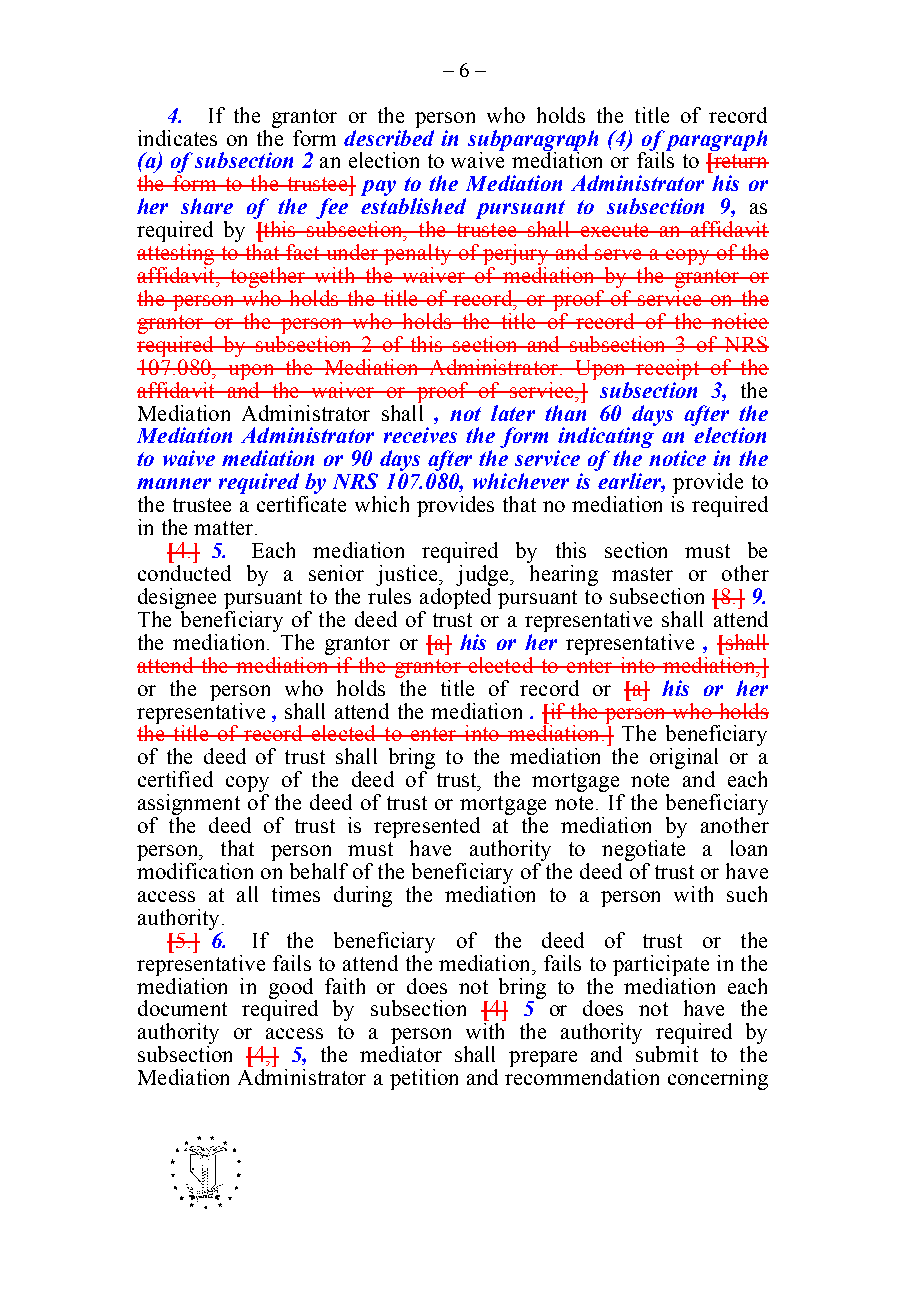
– 6 –
 4. If the grantor or the person who holds the title of record
 indicates on the form described in subparagraph (4) of paragraph
 (a) of subsection 2 an election to waive mediation or fails to [return
 the form to the trustee] pay to the Mediation Administrator his or
 her share of the fee established pursuant to subsection 9, as
 required by [this subsection, the trustee shall execute an affidavit
 attesting to that fact under penalty of perjury and serve a copy of the
 affidavit, together with the waiver of mediation by the grantor or
 the person who holds the title of record, or proof of service on the
 grantor or the person who holds the title of record of the notice
 required by subsection 2 of this section and subsection 3 of NRS
 107.080, upon the Mediation Administrator. Upon receipt of the
 affidavit and the waiver or proof of service,] subsection 3, the
 Mediation Administrator shall , not later than 60 days after the
 Mediation Administrator receives the form indicating an election
 to waive mediation or 90 days after the service of the notice in the
 manner required by NRS 107.080, whichever is earlier, provide to
 the trustee a certificate which provides that no mediation is required
 in the matter.
 [4.] 5. Each mediation required by this section must be
 conducted by a senior justice, judge, hearing master or other
 designee pursuant to the rules adopted pursuant to subsection [8.] 9.
 The beneficiary of the deed of trust or a representative shall attend
 the mediation. The grantor or [a] his or her representative , [shall
 attend the mediation if the grantor elected to enter into mediation,]
 or the person who holds the title of record or [a] his or her
 representative , shall attend the mediation . [if the person who holds
 the title of record elected to enter into mediation.] The beneficiary
 of the deed of trust shall bring to the mediation the original or a
 certified copy of the deed of trust, the mortgage note and each
 assignment of the deed of trust or mortgage note. If the beneficiary
 of the deed of trust is represented at the mediation by another
 person, that person must have authority to negotiate a loan
 modification on behalf of the beneficiary of the deed of trust or have
 access at all times during the mediation to a person with such
 authority.
 [5.] 6. If the beneficiary of the deed of trust or the
 representative fails to attend the mediation, fails to participate in the
 mediation in good faith or does not bring to the mediation each
 document required by subsection [4] 5 or does not have the
 authority or access to a person with the authority required by
 subsection [4,] 5, the mediator shall prepare and submit to the
 Mediation Administrator a petition and recommendation concerning
 -